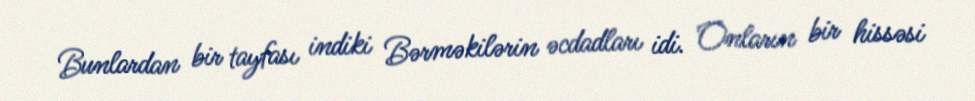
Bunlardan bir tayfası indiki Bərməkilərin əcdadları idi. Onların bir hissəsi